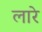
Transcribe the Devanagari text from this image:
लारे